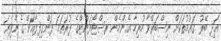
އަދި ބޭރު ގައުމުތަކަށް ނިސްބަތްވާ ހުރިހާ އެންމެން ރސްޓޯރަންޓްގެ ފުރަތަމަ ފަންގިފިލާއަށް ގެންދިޔަ